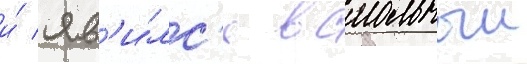
и́ яв'и́лс'я в смольныи